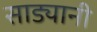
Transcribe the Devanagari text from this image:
साड्यानी